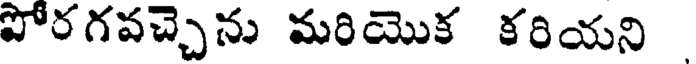
పోరగవచ్చెను మరియొక కరియని